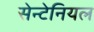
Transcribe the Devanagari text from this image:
सेन्टेनियल